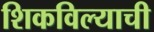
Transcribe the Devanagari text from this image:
शिकविल्याची